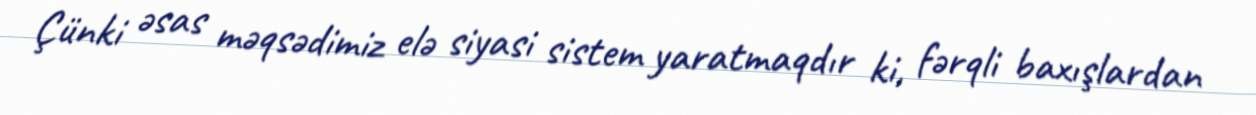
Çünki əsas məqsədimiz elə siyasi sistem yaratmaqdır ki, fərqli baxışlardan